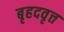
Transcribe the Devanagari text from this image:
बृहदवृत्त